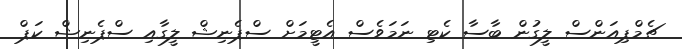
ޗެމްޕިއަންސް ލީގުން ބާސާ ކެޓި ނަމަވެސް އެޓީމަށް ސްޕެނިޝް ލީގާއި ސްޕެނިޝް ކަޕް